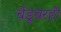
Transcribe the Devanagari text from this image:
चेंडूवरही